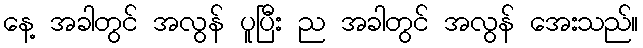
နေ့ အခါတွင် အလွန် ပူပြီး ည အခါတွင် အလွန် အေးသည်။